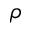
\rho